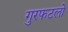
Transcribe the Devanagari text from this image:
गुरफटलो